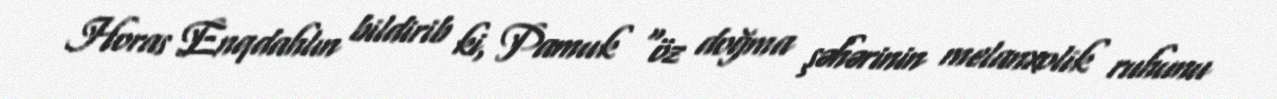
Horas Enqdahlın bildirib ki, Pamuk “öz doğma şəhərinin melanxolik ruhunu